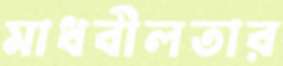
মাধবীলতার